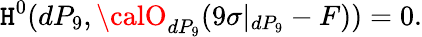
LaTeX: \mathtt{H}^{0}(dP_{9},{\calO}_{dP_{9}}(9\sigma|_{dP_{9}}-F))=0.